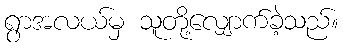
ရွာအလယ်မှ သူတို့လျှောက်ခဲ့သည်။